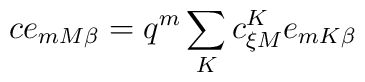
c e_{mM\beta}= q^{m}\sum_{K}c_{\xi M}^{K} e_{mK\beta}